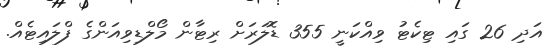
އަދި 26 ގައި ޓިކެޓު ވިއްކަނީ 355 ޑޮލަރަށް ރިޓާން މޯލްޑިވިއަންގެ ފްލައިޓެއް.